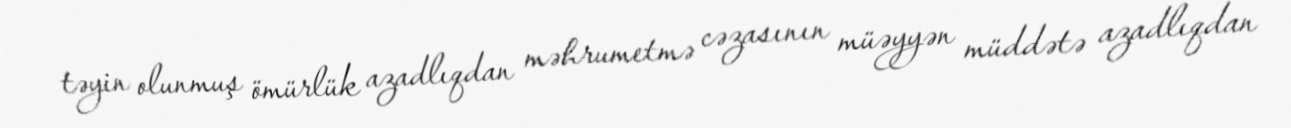
təyin olunmuş ömürlük azadlıqdan məhrumetmə cəzasının müəyyən müddətə azadlıqdan